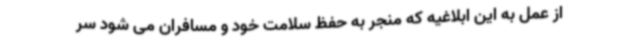
از عمل به این ابلاغیه که منجر به حفظ سلامت خود و مسافران می شود سر